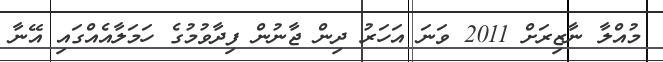
މުއްލާ ނާޒިރަށް 2011 ވަނަ އަހަރު ދިން ޖާނުން ފިދާވުމުގެ ހަމަލާއެއްގައި އޭނާ